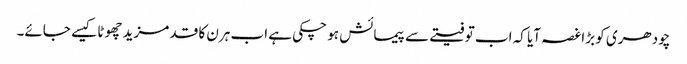
چودھری کو بڑاغصہ آیا کہ اب تو فیتے سے پیمائش ہو چکی ہے اب ہرن کا قد مزید چھوٹا کیسے جائے۔